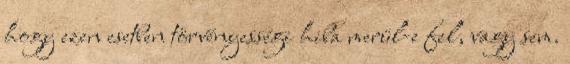
hogy ezen esetben törvényességi hiba merül-e fel, vagy sem.